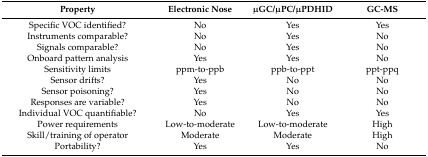
| Property | Electronic Nose | μGC/μPC/μPDHID | GC-MS |
 | --- | --- | --- | --- |
 | Specific VOC identified? | No | Yes | Yes |
 | Instruments comparable? | No | Yes | No |
 | Signals comparable? | No | Yes | No |
 | Onboard pattern analysis | Yes | Yes | No |
 | Sensitivity limits | ppm-to-ppb | ppb-to-ppt | ppt-ppq |
 | Sensor drifts? | Yes | No | No |
 | Sensor poisoning? | Yes | No | No |
 | Responses are variable? | Yes | No | No |
 | Individual VOC quantifiable? | No | Yes | Yes |
 | Power requirements | Low-to-moderate | Low-to-moderate | High |
 | Skill/training of operator | Moderate | Moderate | High |
 | Portability? | Yes | Yes | No |